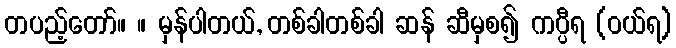
တပည့်တော်။ ။ မှန်ပါတယ်, တစ်ခါတစ်ခါ ဆန် ဆီမှစ၍ ကပ္ပီရ (ဝယ်ရ)